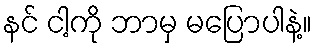
နင် ငါ့ကို ဘာမှ မပြောပါနဲ့။